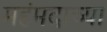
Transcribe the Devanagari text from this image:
महंमदाच्या